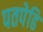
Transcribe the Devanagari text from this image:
पतपेढि